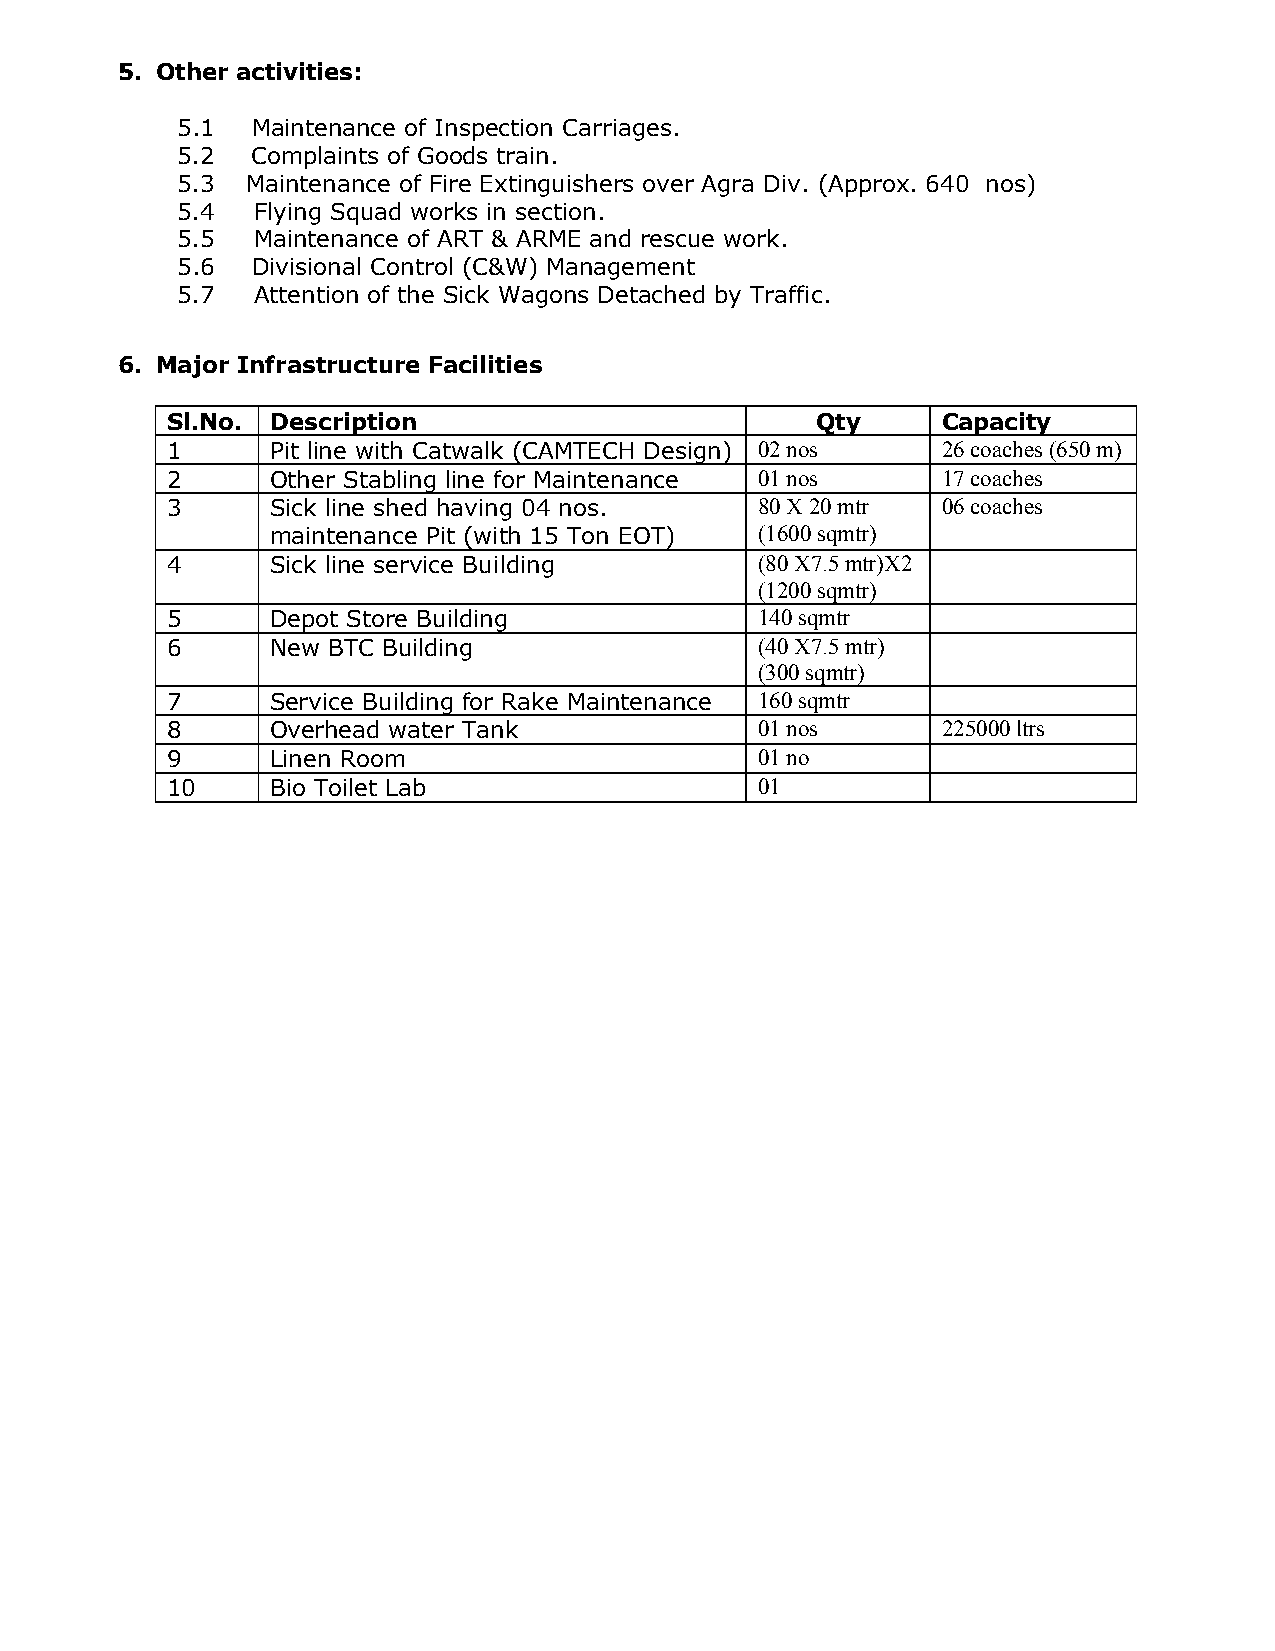
5. Other activities:
 5.1  Maintenance of Inspection Carriages.
 5.2  Complaints of Goods train.
 5.3 Maintenance of Fire Extinguishers over Agra Div. (Approx. 640 nos)
 5.4  Flying Squad works in section.
 5.5  Maintenance of ART & ARME and rescue work.
 5.6  Divisional Control (C&W) Management
 5.7  Attention of the Sick Wagons Detached by Traffic.
 6. Major Infrastructure Facilities
 Sl.No. Description                         Qty     Capacity
 1      Pit line with Catwalk (CAMTECH Design) 02 nos 26 coaches (650 m)
 2      Other Stabling line for Maintenance 0 1 nos 17 coaches
 3      Sick line shed having 04 nos.   80 X 20 mtr 06 coaches
 maintenance Pit (with 15 Ton EOT) ( 1 6 00 sqmtr)
 4      Sick line service Building      (80 X7.5 mtr)X2
 (1200 sqmtr)
 5      Depot Store Building            1 40 sqmtr
 6      New BTC Building                ( 40 X7.5 mtr)
 (300 sqmtr)
 7      Service Building for Rake Maintenance 1 60 sqmtr
 8      Overhead water Tank             01 nos      225000 ltrs
 9      Linen Room                      01 no
 10     Bio Toilet Lab                  01